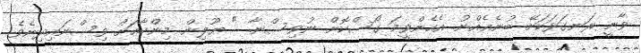
ވާނީ ރަނގަޅަކަށޭ ބުނެއެއްނު. އެހެންވީމަ ގޯސްކޮށް ނުވިސްނާ. " ޔޫލިން މިންހާއަށް ވިސްނައިދިނެވެ.